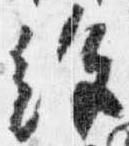
絶